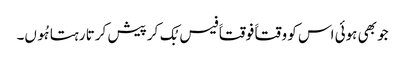
جو بھی ہوئی اس کو وقتاََ فوقتاََ فیس بُک کر پیش کرتا رہتا ہُوں۔